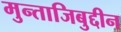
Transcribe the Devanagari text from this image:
मुन्ताजिबुद्दीन